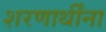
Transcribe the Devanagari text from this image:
शरणार्थींना